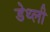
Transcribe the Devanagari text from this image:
डेथ्ली